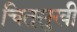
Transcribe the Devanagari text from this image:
चित्‌सुखी